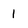
Character: 1